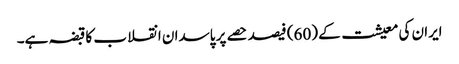
ایران کی معیشت کے (60) فیصد حصے پر پاسدان انقلاب کا قبضہ ہے۔